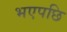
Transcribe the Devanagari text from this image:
भएपछि